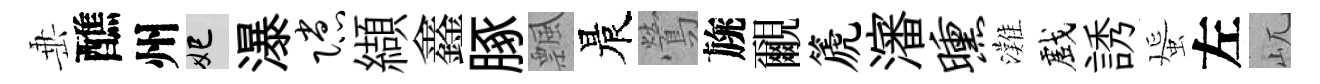
𡸁醮州妃瀑隙纈鑫䐁飄晨鶯旐覼篪瀋曛灘戲誘蜑左屼